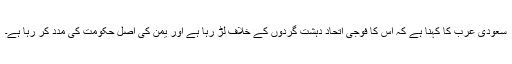
سعودی عرب کا کہنا ہے کہ اس کا فوجی اتحاد دہشت گردوں کے خلاف لڑ رہا ہے اور یمن کی اصل حکومت کی مدد کر رہا ہے۔